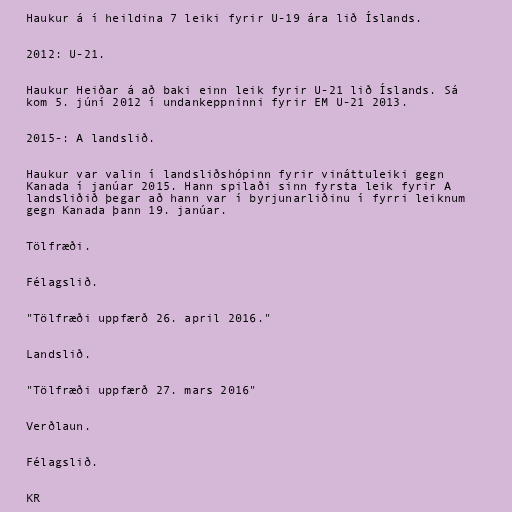
Haukur á í heildina 7 leiki fyrir U-19 ára lið Íslands.

2012: U-21.

Haukur Heiðar á að baki einn leik fyrir U-21 lið Íslands. Sá
kom 5. júní 2012 í undankeppninni fyrir EM U-21 2013.

2015-: A landslið.

Haukur var valin í landsliðshópinn fyrir vináttuleiki gegn
Kanada í janúar 2015. Hann spilaði sinn fyrsta leik fyrir A
landsliðið þegar að hann var í byrjunarliðinu í fyrri leiknum
gegn Kanada þann 19. janúar.

Tölfræði.

Félagslið.

"Tölfræði uppfærð 26. april 2016."

Landslið.

"Tölfræði uppfærð 27. mars 2016"

Verðlaun.

Félagslið.

KR